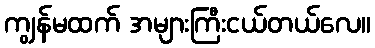
ကျွန်မထက် အများကြီးငယ်တယ်လေ။